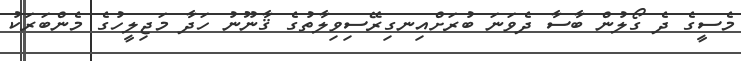
މެސީގެ ދެ ގޯލުން ބާސާ ދެވަނަ ބުރަށްއިނގިރޭސިވިލާތުގެ ޤާނޫނު ހަދާ މަޖިލީހުގެ މެންބަރަކު